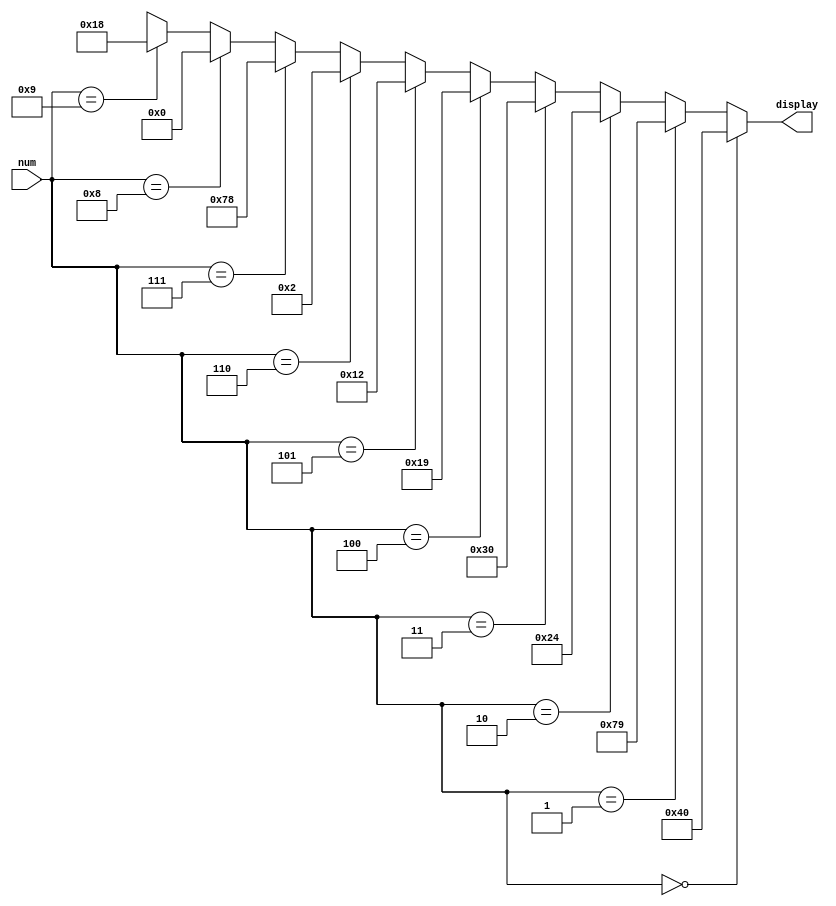
module DecTo7Seg(input [3:0] num, output [6:0] display);
  assign display = 
      num	==	0	?	~7'b0111111	:	
		 	num	==	1	?	~7'b0000110	:	
		  num	==	2	?	~7'b1011011	:	
   		 num	==	3	?	~7'b1001111	:	
		 	num	==	4	?	~7'b1100110	:	
		 	num	==	5	?	~7'b1101101	:	
		  num	==	6	?	~7'b1111101	:	
			num	==	7	?	~7'b0000111	:	
	 	  num	==	8	?	~7'b1111111	:	
	 	  num	==	9	?	~7'b1100111	:	
	 	  7'bxxxxxxx;			//	Output	is	a	don't	care	if	illegal	input	
endmodule